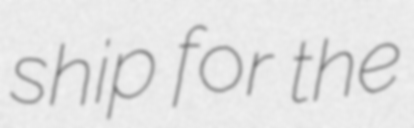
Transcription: ship for the